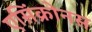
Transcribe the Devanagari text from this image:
एसिंक्रोनस